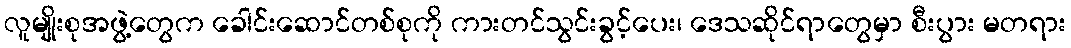
လူမျိုးစုအဖွဲ့တွေက ခေါင်းဆောင်တစ်စုကို ကားတင်သွင်းခွင့်ပေး၊ ဒေသဆိုင်ရာတွေမှာ စီးပွား မတရား